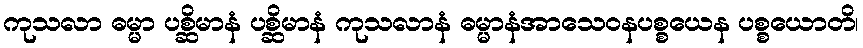
ကုသလာ ဓမ္မာ ပစ္ဆိမာနံ ပစ္ဆိမာနံ ကုသလာနံ ဓမ္မာနံအာသေဝနပစ္စယေန ပစ္စယောတိ၊